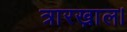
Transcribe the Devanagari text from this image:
त्रारख़ाल।